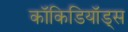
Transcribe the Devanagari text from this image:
कॉकिडियॉड्स